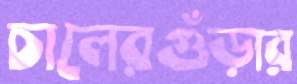
চালেরগুঁড়ার